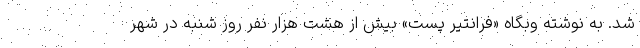
شد. به نوشته وبگاه «فرانتیر پست» بیش از هشت هزار نفر روز شنبه در شهر